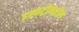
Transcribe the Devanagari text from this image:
इन्फंट्रीमधील